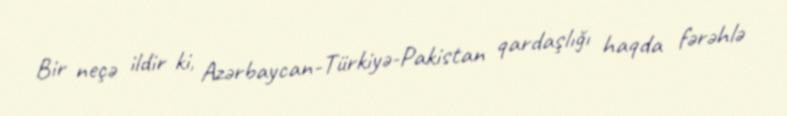
Bir neçə ildir ki, Azərbaycan-Türkiyə-Pakistan qardaşlığı haqda fərəhlə